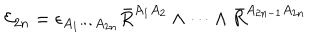
LaTeX: { \cal E } _ { 2 n } = \epsilon _ { A _ { 1 } \cdots A _ { 2 n } } \bar { R } ^ { A _ { 1 } A _ { 2 } } \wedge \cdots \wedge \bar { R } ^ { A _ { 2 n - 1 } A _ { 2 n } }